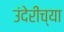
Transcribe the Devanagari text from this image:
उंदेरीच्या